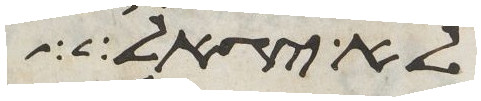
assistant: לא יגאל